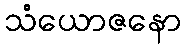
သံယောဇနော